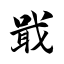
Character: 戢